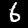
Digit: 6